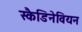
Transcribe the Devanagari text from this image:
स्कैडिनेवियन